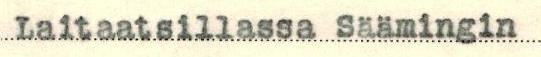
Laitaatsillassa Säämingin